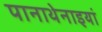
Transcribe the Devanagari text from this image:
पानाथेनाइयां